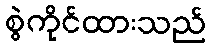
စွဲကိုင်ထားသည်